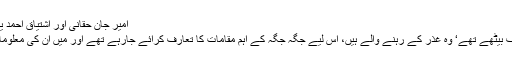
امیر جان حقانی اور اشتیاق احمد یاد کی ایک یاد گار تصویر
میرے ساتھ پروفیسر شریف بیٹھے تھے‘ وہ غذر کے رہنے والے ہیں، اس لیے جگہ جگہ کے اہم مقامات کا تعارف کرائے جارہے تھے اور میں ان کی معلومات سے محظوظ ہورہا تھا۔